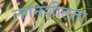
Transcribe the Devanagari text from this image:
लगनशीलता